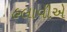
હલાવીએ